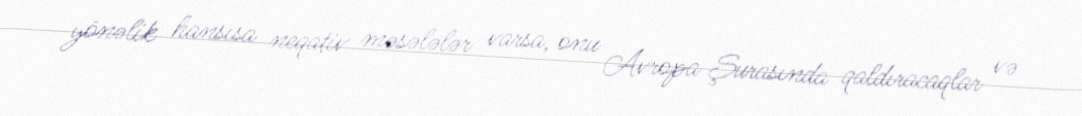
yönəlik hansısa neqativ məsələlər varsa, onu Avropa Şurasında qaldıracaqlar və